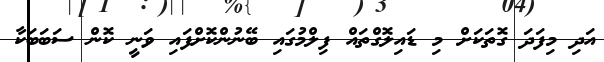
އަދި މިފަދަ ގޮތަކަށް މި ޑައިލޮގްތައް ފިލްމުގައި ބޭނުންކޮށްފައި ވަނީ ކޮން ސަބަބަކާ